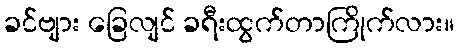
ခင်ဗျား ခြေလျင် ခရီးထွက်တာကြိုက်လား။